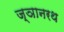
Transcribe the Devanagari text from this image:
ज्ञानरथ